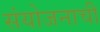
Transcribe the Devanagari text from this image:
संयोजनाची